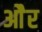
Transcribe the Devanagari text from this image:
ओेैर